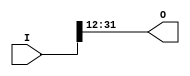
module convert(
	input [39:0] I,
	output reg [19:0] O
);

initial
begin
	O[0] = I[12];
	O[1] = I[13];
	O[2] = I[14];
	O[3] = I[15];
	O[4] = I[16];
	O[5] = I[17];
	O[6] = I[18];
	O[7] = I[19];
	O[8] = I[20];
	O[9] = I[21];
	O[10] = I[22];
	O[11] = I[23];
	O[12] = I[24];
	O[13] = I[25];
	O[14] = I[26];
	O[15] = I[27];
	O[16] = I[28];
	O[17] = I[29];
	O[18] = I[30];
	O[19] = I[31];
end
endmodule